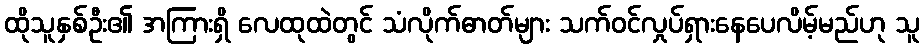
ထိုသူနှစ်ဦး၏ အကြားရှိ လေထုထဲတွင် သံလိုက်ဓာတ်များ သက်ဝင်လှုပ်ရှားနေပေလိမ့်မည်ဟု သူ